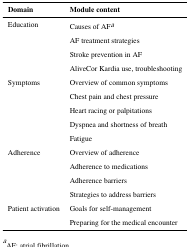
| Domain | Module content |
 | --- | --- |
 | Education | Causes of AFa |
 |  | AF treatment strategies |
 |  | Stroke prevention in AF |
 |  | AliveCor Kardia use, troubleshooting |
 | Symptoms | Overview of common symptoms |
 |  | Chest pain and chest pressure |
 |  | Heart racing or palpitations |
 |  | Dyspnea and shortness of breath |
 |  | Fatigue |
 | Adherence | Overview of adherence |
 |  | Adherence to medications |
 |  | Adherence barriers |
 |  | Strategies to address barriers |
 | Patient activation | Goals for self-management |
 |  | Preparing for the medical encounter |